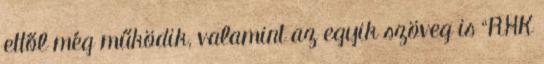
ettől még működik, valamint az egyik szöveg is “RHK